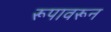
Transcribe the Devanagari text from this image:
रूपावरून